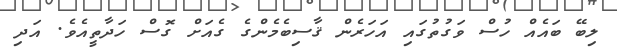
ލިބޭ ބައެއް ހުސް ވަގުތުގައި އަހަރެން ޤާސިބެމެންގެ ގެއަށް ގޮސް ހަދާތީއެވެ. އަދި